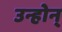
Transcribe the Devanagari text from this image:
उन्होन्